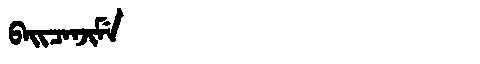
Manchu: ᠪᠠᡳᠴᠠᠨᠵᡳᠮᡝ
Romanization: BAICANJIME